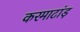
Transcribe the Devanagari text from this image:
करमाटांड़